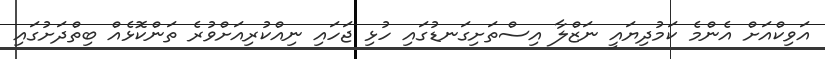
އަވިކްއަށް އެންމެ ކަމުދިޔައީ ނަޒްލާ އިސްތަށިގަނޑުގައި ހުޅި ޖަހައި ނިއްކުރިއަށްވުރެ ތަންކޮޅެއް ބިތްދަށުގައި